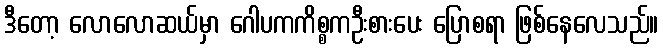
ဒီတော့ လောလောဆယ်မှာ ဂေါပကကိစ္စကဦးစားပေး ပြောစရာ ဖြစ်နေလေသည်။